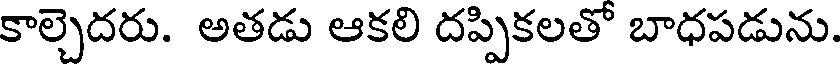
కాల్చెదరు. అతడు ఆకలి దప్పికలతో బాధపడును.